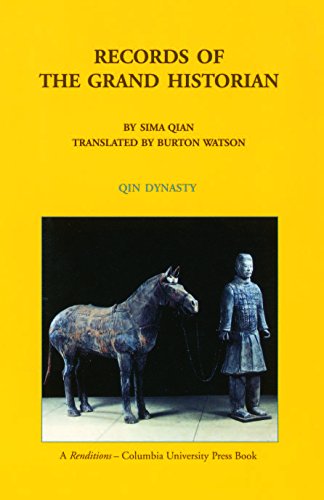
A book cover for Records of the Grand Historian: Qin Dynasty; Sima Qian; History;